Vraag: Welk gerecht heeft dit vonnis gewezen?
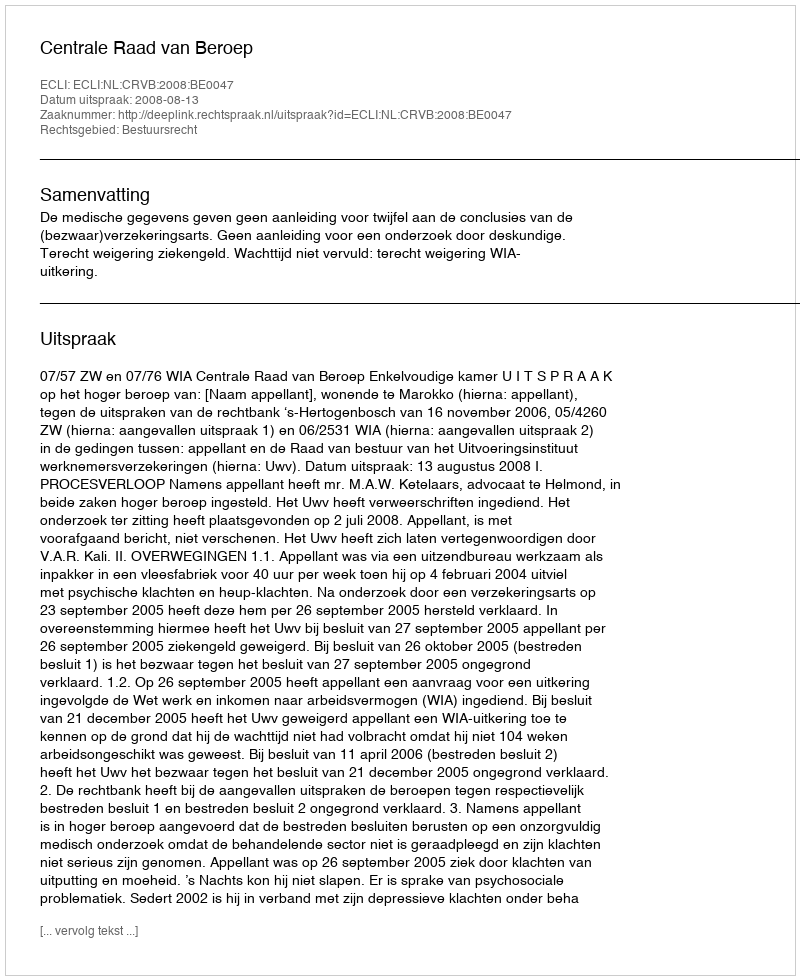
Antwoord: Centrale Raad van Beroep